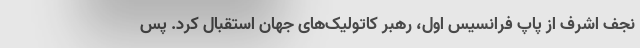
نجف اشرف از پاپ فرانسیس اول، رهبر کاتولیک‌های جهان استقبال کرد. پس